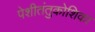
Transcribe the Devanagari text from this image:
पेशीतंतुकोशिका